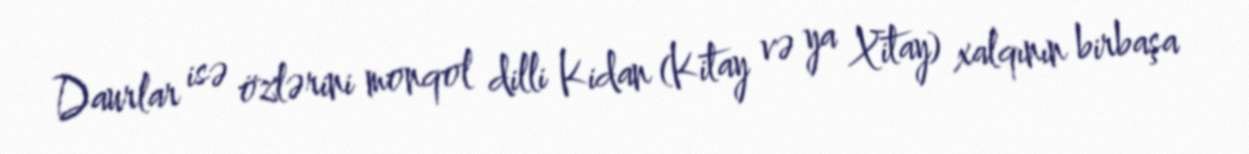
Daurlar isə özlərini monqol dilli Kidan (Kitay və ya Xitay) xalqının birbaşa